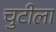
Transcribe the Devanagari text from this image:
चुटीला